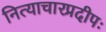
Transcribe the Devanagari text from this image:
नित्याचारप्रदीपः